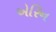
એરિન